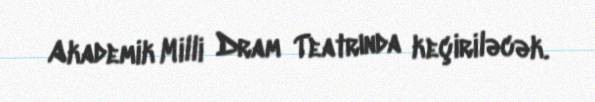
Akademik Milli Dram Teatrında keçiriləcək.